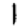
Digit: 1